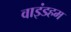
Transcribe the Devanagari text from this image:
वाइंडहम